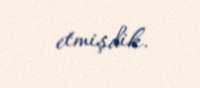
etmişdik.